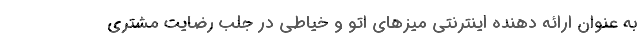
به عنوان ارائه دهنده اینترنتی میزهای اتو و خیاطی در جلب رضایت مشتری